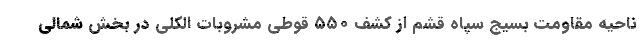
ناحیه مقاومت بسیج سپاه قشم از کشف ۵۵۰ قوطی مشروبات الکلی در بخش شمالی